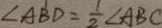
\angle A B D = \frac { 1 } { 2 } \angle A B C